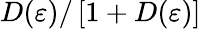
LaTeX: D(\varepsilon)/\left[1+D(\varepsilon)\right]